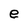
Character: e